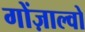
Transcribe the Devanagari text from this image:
गोंज़ाल्वो